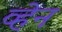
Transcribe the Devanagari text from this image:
व्‍हेन